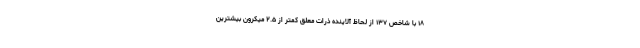
۱۸ با شاخص ۱۳۷ از لحاظ آلاینده ذرات معلق کمتر از ۲.۵ میکرون بیشترین